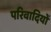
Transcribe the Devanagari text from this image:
परिवादियों